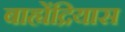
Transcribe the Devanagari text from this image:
बाह्येंद्रियास